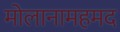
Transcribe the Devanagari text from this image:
मोलानामहमद